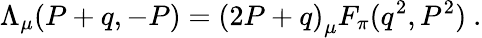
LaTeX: \Lambda_{\mu}(P+q,-P)=\left(2P+q\right)_{\mu}F_{\pi}(q^{2},P^{2})~.